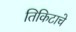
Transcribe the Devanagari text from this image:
तिकिटाचे